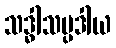
သဒ္ဓါသမ္ပဒါယ